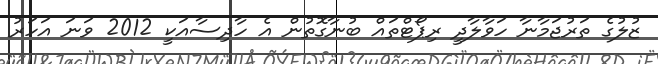
ޒުލުގެ ތަރުޖަމާނާ ހަވާލާދީ ރިޕޯޓްތައް ބުނާގޮތުން އެ ހާދިސާއަކީ 2012 ވަނަ އަހަރު